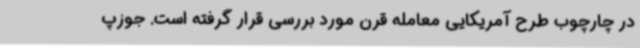
در چارچوب طرح آمریکایی معامله قرن مورد بررسی قرار گرفته است. جوزپ